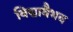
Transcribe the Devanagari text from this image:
विद्यावैभव